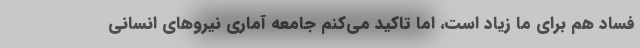
فساد هم برای ما زیاد است، اما تاکید می‌کنم جامعه آماری نیروهای انسانی